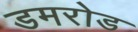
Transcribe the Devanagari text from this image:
डमरोड